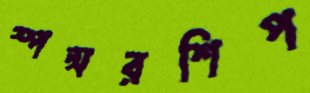
স্পন্সরশিপ